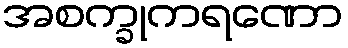
အစက္ခုကရဏော